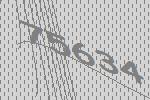
75634